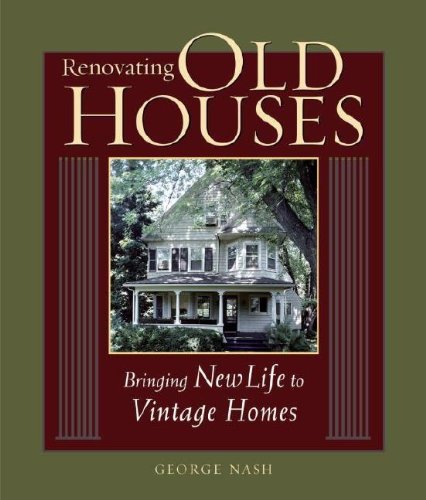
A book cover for Renovating Old Houses: Bringing New Life to Vintage Homes (For Pros By Pros); George Nash; Crafts, Hobbies & Home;